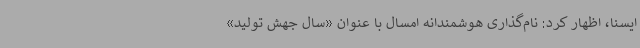
ایسنا، اظهار کرد: نام‌گذاری هوشمندانه امسال با عنوان «سال جهش تولید»